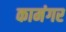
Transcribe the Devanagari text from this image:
कामंगर